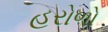
હરોળો